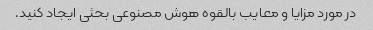
در مورد مزایا و معایب بالقوه هوش مصنوعی بحثی ایجاد کنید.